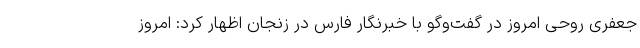
جعفری روحی امروز در گفت‌وگو با خبرنگار فارس در زنجان اظهار کرد: امروز